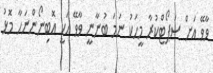
ވާވޭ އަށް ސަޕޯޓްކުރާ މީހަކު ނަމަ ބުނާނީ ވާވޭ އަކީ އޮބިނޯންނަހާ މޮޅު